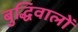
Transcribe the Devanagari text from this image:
बुद्धिवालों